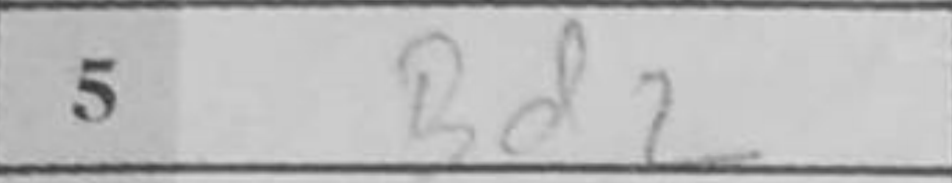
Transcription: Bd2